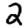
Digit: 2